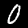
Digit: 0